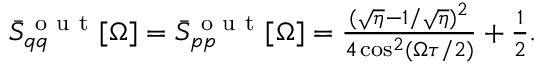
\begin{array} { r } { \bar { S } _ { q q } ^ { \mathrm { ~ o ~ u ~ t ~ } } [ \Omega ] = \bar { S } _ { p p } ^ { \mathrm { ~ o ~ u ~ t ~ } } [ \Omega ] = \frac { ( \sqrt { \eta } - 1 / \sqrt { \eta } ) ^ { 2 } } { 4 \cos ^ { 2 } ( \Omega \tau / 2 ) } + \frac { 1 } { 2 } . } \end{array}